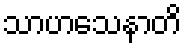
သာဟသေနာတိ